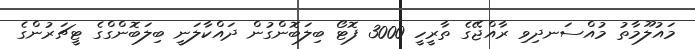
މައުލޫމާތު މުއްސަނދިވި ރާއްޖޭގެ ތާރީހީ 3000 ފޮޓޯ ބިލަބޮންގުން ދައްކާލަނީ ބިލަބޮންގްގެ ޓީޗަރުންގެ